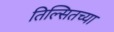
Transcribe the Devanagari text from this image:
तिल्सितच्या